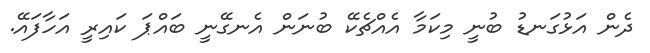
ދެން އަޅުގަނޑު ބުނީ މިކަމާ އެއްޗެކޭ ބުނަން އެނގޭނީ ބައްޕަ ކައިރީ އަހާފައޭ.